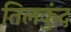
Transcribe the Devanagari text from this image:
तिलकुंद